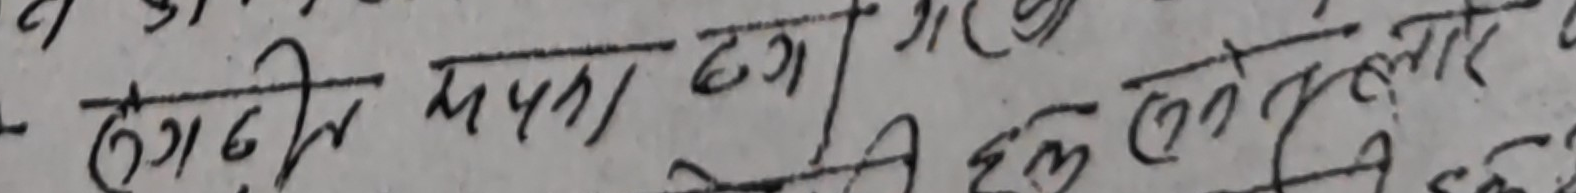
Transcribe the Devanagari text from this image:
हगदि मपना डग ऐगर लेलो लार